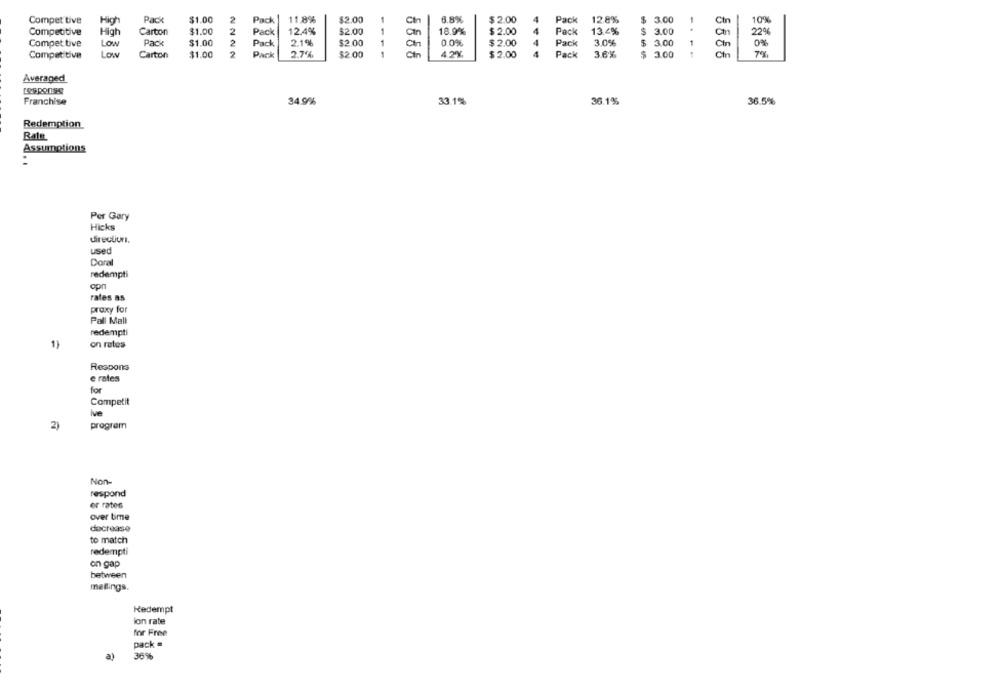
Compet tive
High
Pack
$1.00
Pack
11.8%
$2.00
Ch
6.8%
$ 2.00
4
Pack
12.8%
$
3.00
Cin
109
Competitive
High
Carton
$1.00
2
Pack
12.4%
$2.00
18.9%
$ 2.00
Pack
13.4%
$
3.00
con
22%
Pack
$1.00
2
2.1%
$2.00
1
0.0%
$ 2.00
Pack
3.0%
$
3.00
1
Compet tive
Low
Pack
Cin
0%
Competitive
Low
Carton
$1.00
2
Park
2.75%
$2.00
Cin
4.2%
$ 2.00
4
Pack
3.6%
3.00
Cin
7%
Averaged
Franchise
34.9%
33.1%
36.1%
36.5%
Redemption
Rate
Assumptions
Per Gary
Hicks
director,
used
Doral
redempti
opn
rates as
praxy for
Pall Mall
redempti
1)
on rates
Respons
e rates
for
Competit
Ive
2)
program
Non-
respond
er rates
over time
decrease
to match
redempti
on gap
between
meflings.
Redempt
lon rate
for Free
pack =
a)
36%